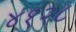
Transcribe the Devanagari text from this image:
४१२८